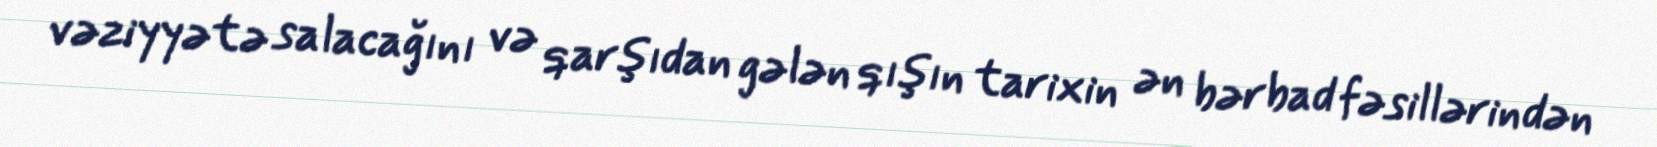
vəziyyətə salacağını və qarşıdan gələn qışın tarixin ən bərbad fəsillərindən